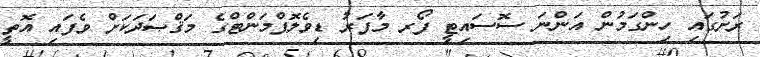
ރަށުގައި ހިންގަމުން އަންނަ ސޮސައިޓީ ފޯރ މާފަރު ޑިވެލޮޕްމަންޓްގެ މަޤްޞަދަކަށް ވެފައި އޮތީ